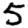
Digit: 5